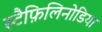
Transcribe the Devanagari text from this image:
स्टैफ़िलिनोडिया